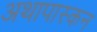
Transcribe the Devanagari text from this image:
अथापास्कन